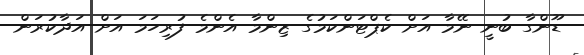
ޑޫންގާ ބުނީ ނޭމާ އަށް ކެޕްޓަންކަމުގެ ޒިންމާ އެންމެ ފުރިހަމަ އަށް އަދާކުރަން